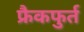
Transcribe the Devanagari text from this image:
फ्रैकफुर्त